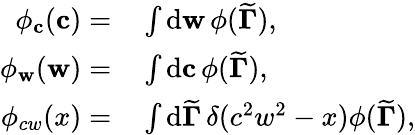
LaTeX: \begin{array}{rl}{\phi_{\mathbf{c}}(\mathbf{c})=}&{{}\int\mathrm{d}\mathbf{w}\, \phi({\widetilde{\mathbf{\Gamma}}}),}\\ {\phi_{\mathbf{w}}(\mathbf{w})=}&{{}\int\mathrm{d}\mathbf{c}\, \phi({\widetilde{\mathbf{\Gamma}}}),}\\ {\phi_{cw}(x)=}&{{}\int\mathrm{d}{\widetilde{\mathbf{\Gamma}}}\, \delta(c^{2}w^{2}-x)\phi({\widetilde{\mathbf{\Gamma}}}),}\end{array}